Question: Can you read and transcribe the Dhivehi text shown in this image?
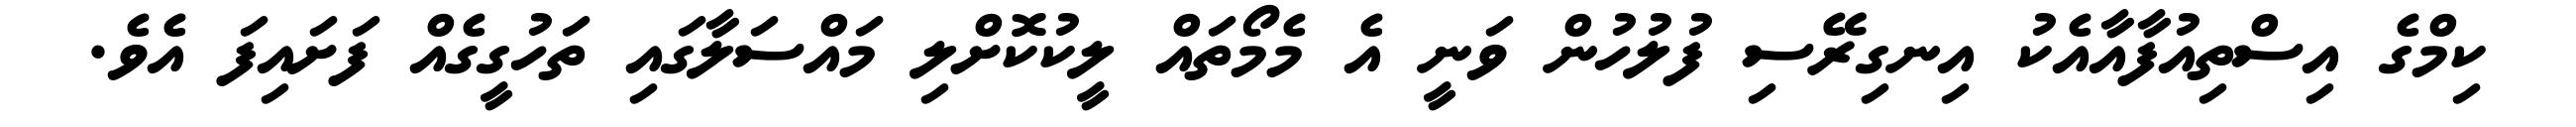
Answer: ކިމްގެ އިސްތިއުފާއާއެކު އިނގިރޭސި ފުލުހުން ވަނީ އެ މެމޯތައް ލީކުކޮށްލި މައްސަލާގައި ތަހުގީގެއް ފަށައިފަ އެވެ.